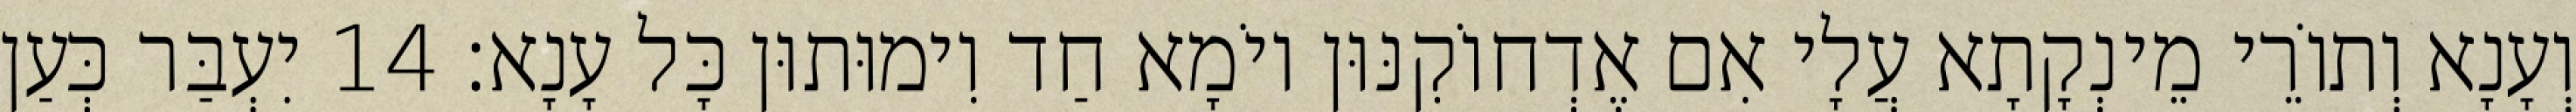
וְעָנָא וְתוֹרֵי מֵינְקָתָא עֲלָי אִם אֶדְחוֹקִנּוּן יוֹמָא חַד וִימוּתוּן כָּל עָנָא׃ 14 יִעְבַּר כְּעַן